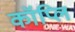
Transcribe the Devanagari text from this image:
कॉप्लि